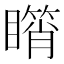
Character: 𥋘